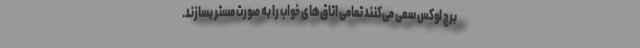
برج لوکس سعی می‌کنند تمامی اتاق‌های خواب را به صورت مستر بسازند.